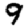
Digit: 9